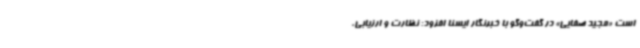
است «مجید صفایی» در گفت‌وگو با خبرنگار ایسنا افزود: نظارت و ارزیابی،